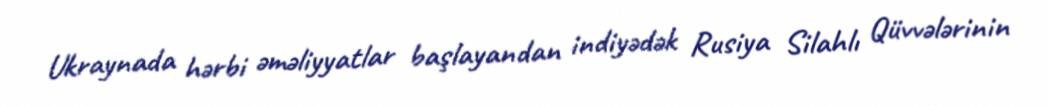
Ukraynada hərbi əməliyyatlar başlayandan indiyədək Rusiya Silahlı Qüvvələrinin